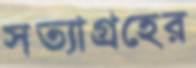
সত্যাগ্রহের